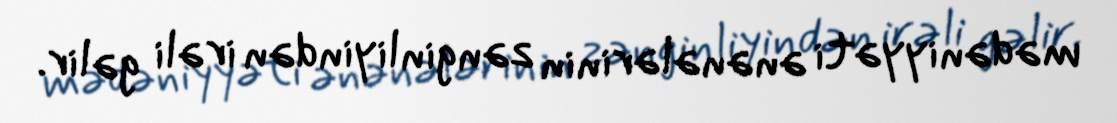
mədəniyyəti ənənələrinin zənginliyindən irəli gəlir.